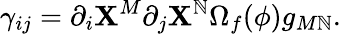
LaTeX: {\gamma_{ij}=\partial_{i}\mathbf{X}^{M}\partial_{j}\mathbf{X}^{\mathbb{N}}\Omega_{f}(\phi)g_{M\mathbb{N}}.}